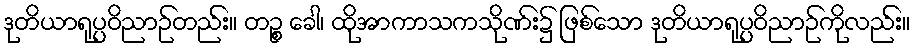
ဒုတိယာရုပ္ပဝိညာဉ်တည်း။ တဉ္စ ခေါ၊ ထိုအာကာသကသိုဏ်း၌ ဖြစ်သော ဒုတိယာရုပ္ပဝိညာဉ်ကိုလည်း။